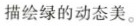
描绘绿的动态美。